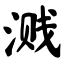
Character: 溅